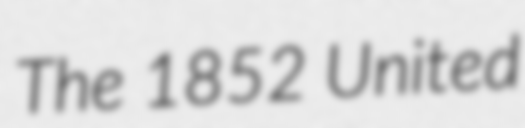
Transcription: The 1852 United